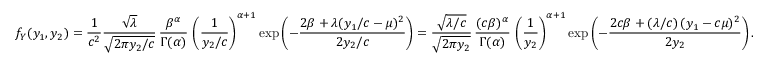
f _ { Y } ( y _ { 1 } , y _ { 2 } ) = { \frac { 1 } { c ^ { 2 } } } { \frac { \sqrt { \lambda } } { \sqrt { 2 \pi y _ { 2 } / c } } } \, { \frac { \beta ^ { \alpha } } { \Gamma ( \alpha ) } } \, \left( { \frac { 1 } { y _ { 2 } / c } } \right) ^ { \alpha + 1 } \exp \left( - { \frac { 2 \beta + \lambda ( y _ { 1 } / c - \mu ) ^ { 2 } } { 2 y _ { 2 } / c } } \right) = { \frac { \sqrt { \lambda / c } } { \sqrt { 2 \pi y _ { 2 } } } } \, { \frac { ( c \beta ) ^ { \alpha } } { \Gamma ( \alpha ) } } \, \left( { \frac { 1 } { y _ { 2 } } } \right) ^ { \alpha + 1 } \exp \left( - { \frac { 2 c \beta + ( \lambda / c ) \, ( y _ { 1 } - c \mu ) ^ { 2 } } { 2 y _ { 2 } } } \right) .